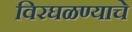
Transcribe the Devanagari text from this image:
विरघळण्याचे